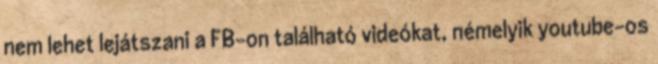
nem lehet lejátszani a FB-on található videókat, némelyik youtube-os